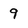
Character: 9